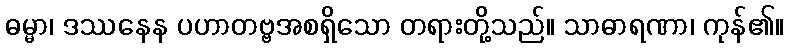
ဓမ္မာ၊ ဒဿနေန ပဟာတဗ္ဗအစရှိသော တရားတို့သည်။ သာဓာရဏာ၊ ကုန်၏။